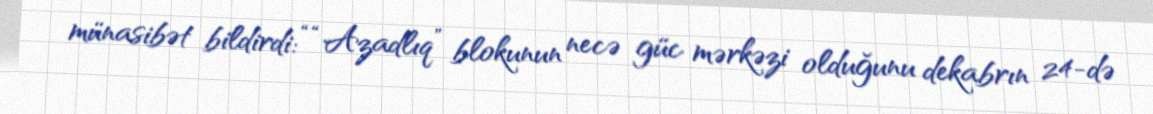
münasibət bildirdi: ““Azadlıq” blokunun necə güc mərkəzi olduğunu dekabrın 24-də